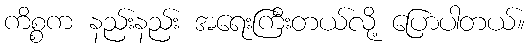
ကိစ္စက နည်းနည်း အရေးကြီးတယ်လို့ ပြောပါတယ်။